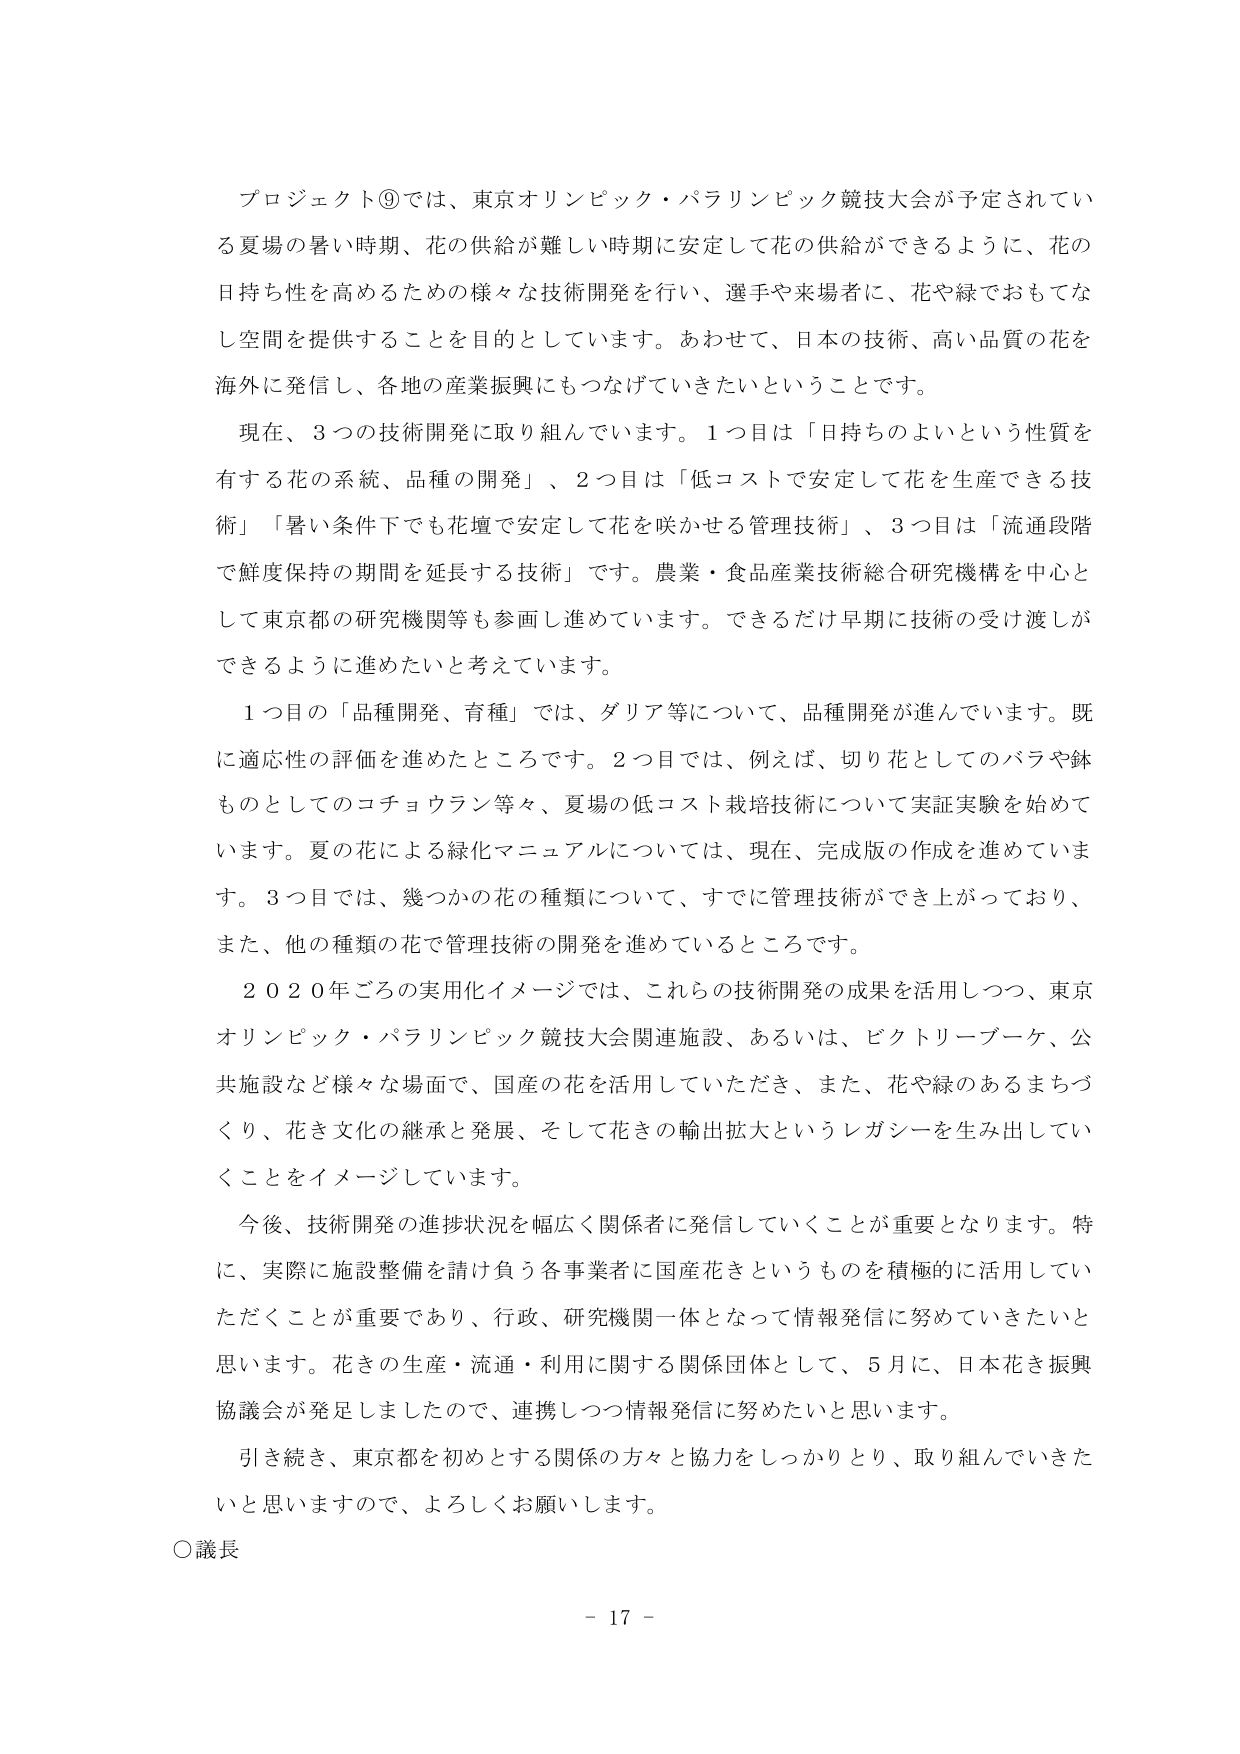
プロジェクト⑨では、東京オリンピック・パラリンピック競技大会が予定されてい
る夏場の暑い時期、花の供給が難しい時期に安定して花の供給ができるように、花の
日持ち性を高めるための様々な技術開発を行い、選手や来場者に、花や緑でおもてな
し空間を提供することを目的としています。あわせて、日本の技術、高い品質の花を
海外に発信し、各地の産業振興にもつなげていきたいということです。
現在、3つの技術開発に取り組んでいます。1つ目は「日持ちのよいという性質を
有する花の系統、品種の開発」、2つ目は「低コストで安定して花を生産できる技
術」「暑い条件下でも花壇で安定して花を咲かせる管理技術」、3つ目は「流通段階
で鮮度保持の期間を延長する技術」です。農業・食品産業技術総合研究機構を中心と
して東京都の研究機関等も参画し進めています。できるだけ早期に技術の受け渡しが
できるように進めたいと考えています。
1つ目の「品種開発、育種」では、ダリア等について、品種開発が進んでいます。既
に適応性の評価を進めたところです。2つ目では、例えば、切り花としてのバラや鉢
ものとしてのコチョウラン等々、夏場の低コスト栽培技術について実証実験を始めて
います。夏の花による緑化マニュアルについては、現在、完成版の作成を進めています。3つ目では、幾つかの花の種類について、すでに管理技術ができ上がっており、
また、他の種類の花で管理技術の開発を進めているところです。
2020年ごろの実用化イメージでは、これらの技術開発の成果を活用しつつ、東京
オリンピック・パラリンピック競技大会関連施設、あるいは、ビクトリーブーケ、公
共施設など様々な場面で、国産の花を活用していただき、また、花や緑のあるまちづ
くり、花き文化の継承と発展、そして花きの輸出拡大というレガシーを生み出してい
くことをイメージしています。
今後、技術開発の進捗状況を幅広く関係者に発信していくことが重要となります。特
に、実際に施設整備を請け負う各事業者に国産花きというものを積極的に活用してい
ただくことが重要であり、行政、研究機関一体となって情報発信に努めていきたいと
思います。花きの生産・流通・利用に関する関係団体として、5月に、日本花き振興
協議会が発足しましたので、連携しつつ情報発信に努めたいと思います。
引き続き、東京都を初めとする関係の方々と協力をしっかりとり、取り組んでいきた
いと思いますので、よろしくお願いします。
○議長
- 17 -